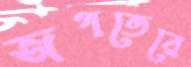
জগতেরে